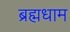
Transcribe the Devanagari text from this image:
ब्रह्मधाम